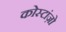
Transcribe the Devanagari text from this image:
कोस्टांज़ो